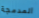
المدمجة